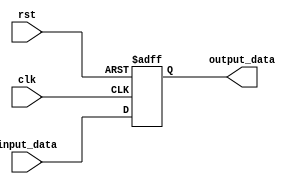
module variable_width_bypass_register(
    input wire clk,
    input wire rst,
    input wire input_data,
    output reg output_data
);

reg [7:0] data_reg;

always @(posedge clk or posedge rst) begin
    if (rst) begin
        data_reg <= 8'b0;
    end else begin
        data_reg <= input_data;
    end
end

assign output_data = data_reg;

endmodule